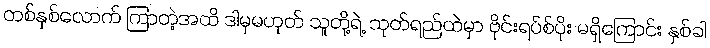
တစ်နှစ်လောက် ကြာတဲ့အထိ ဒါမှမဟုတ် သူတို့ရဲ့ သုတ်ရည်ထဲမှာ ဗိုင်းရပ်စ်ပိုး မရှိကြောင်း နှစ်ခါ